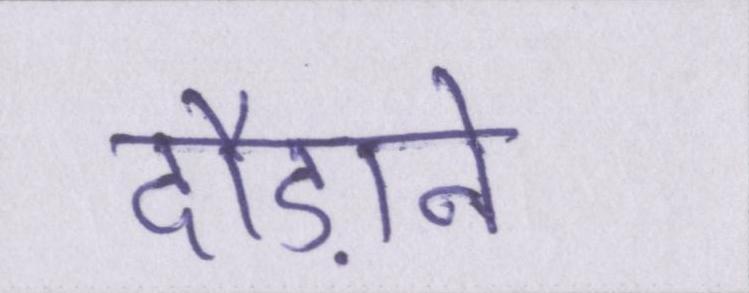
दौड़ाने